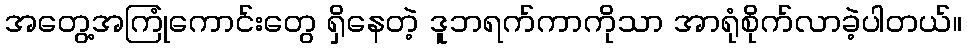
အတွေ့အကြုံကောင်းတွေ ရှိနေတဲ့ ဒူဘရက်ကာကိုသာ အာရုံစိုက်လာခဲ့ပါတယ်။